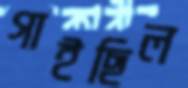
গাইছিল